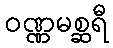
ဝဏ္ဏမစ္ဆရီ